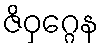
ဇိဝှဂ္ဂေန